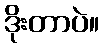
ဒိုးတာပဲ။